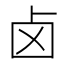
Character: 卤